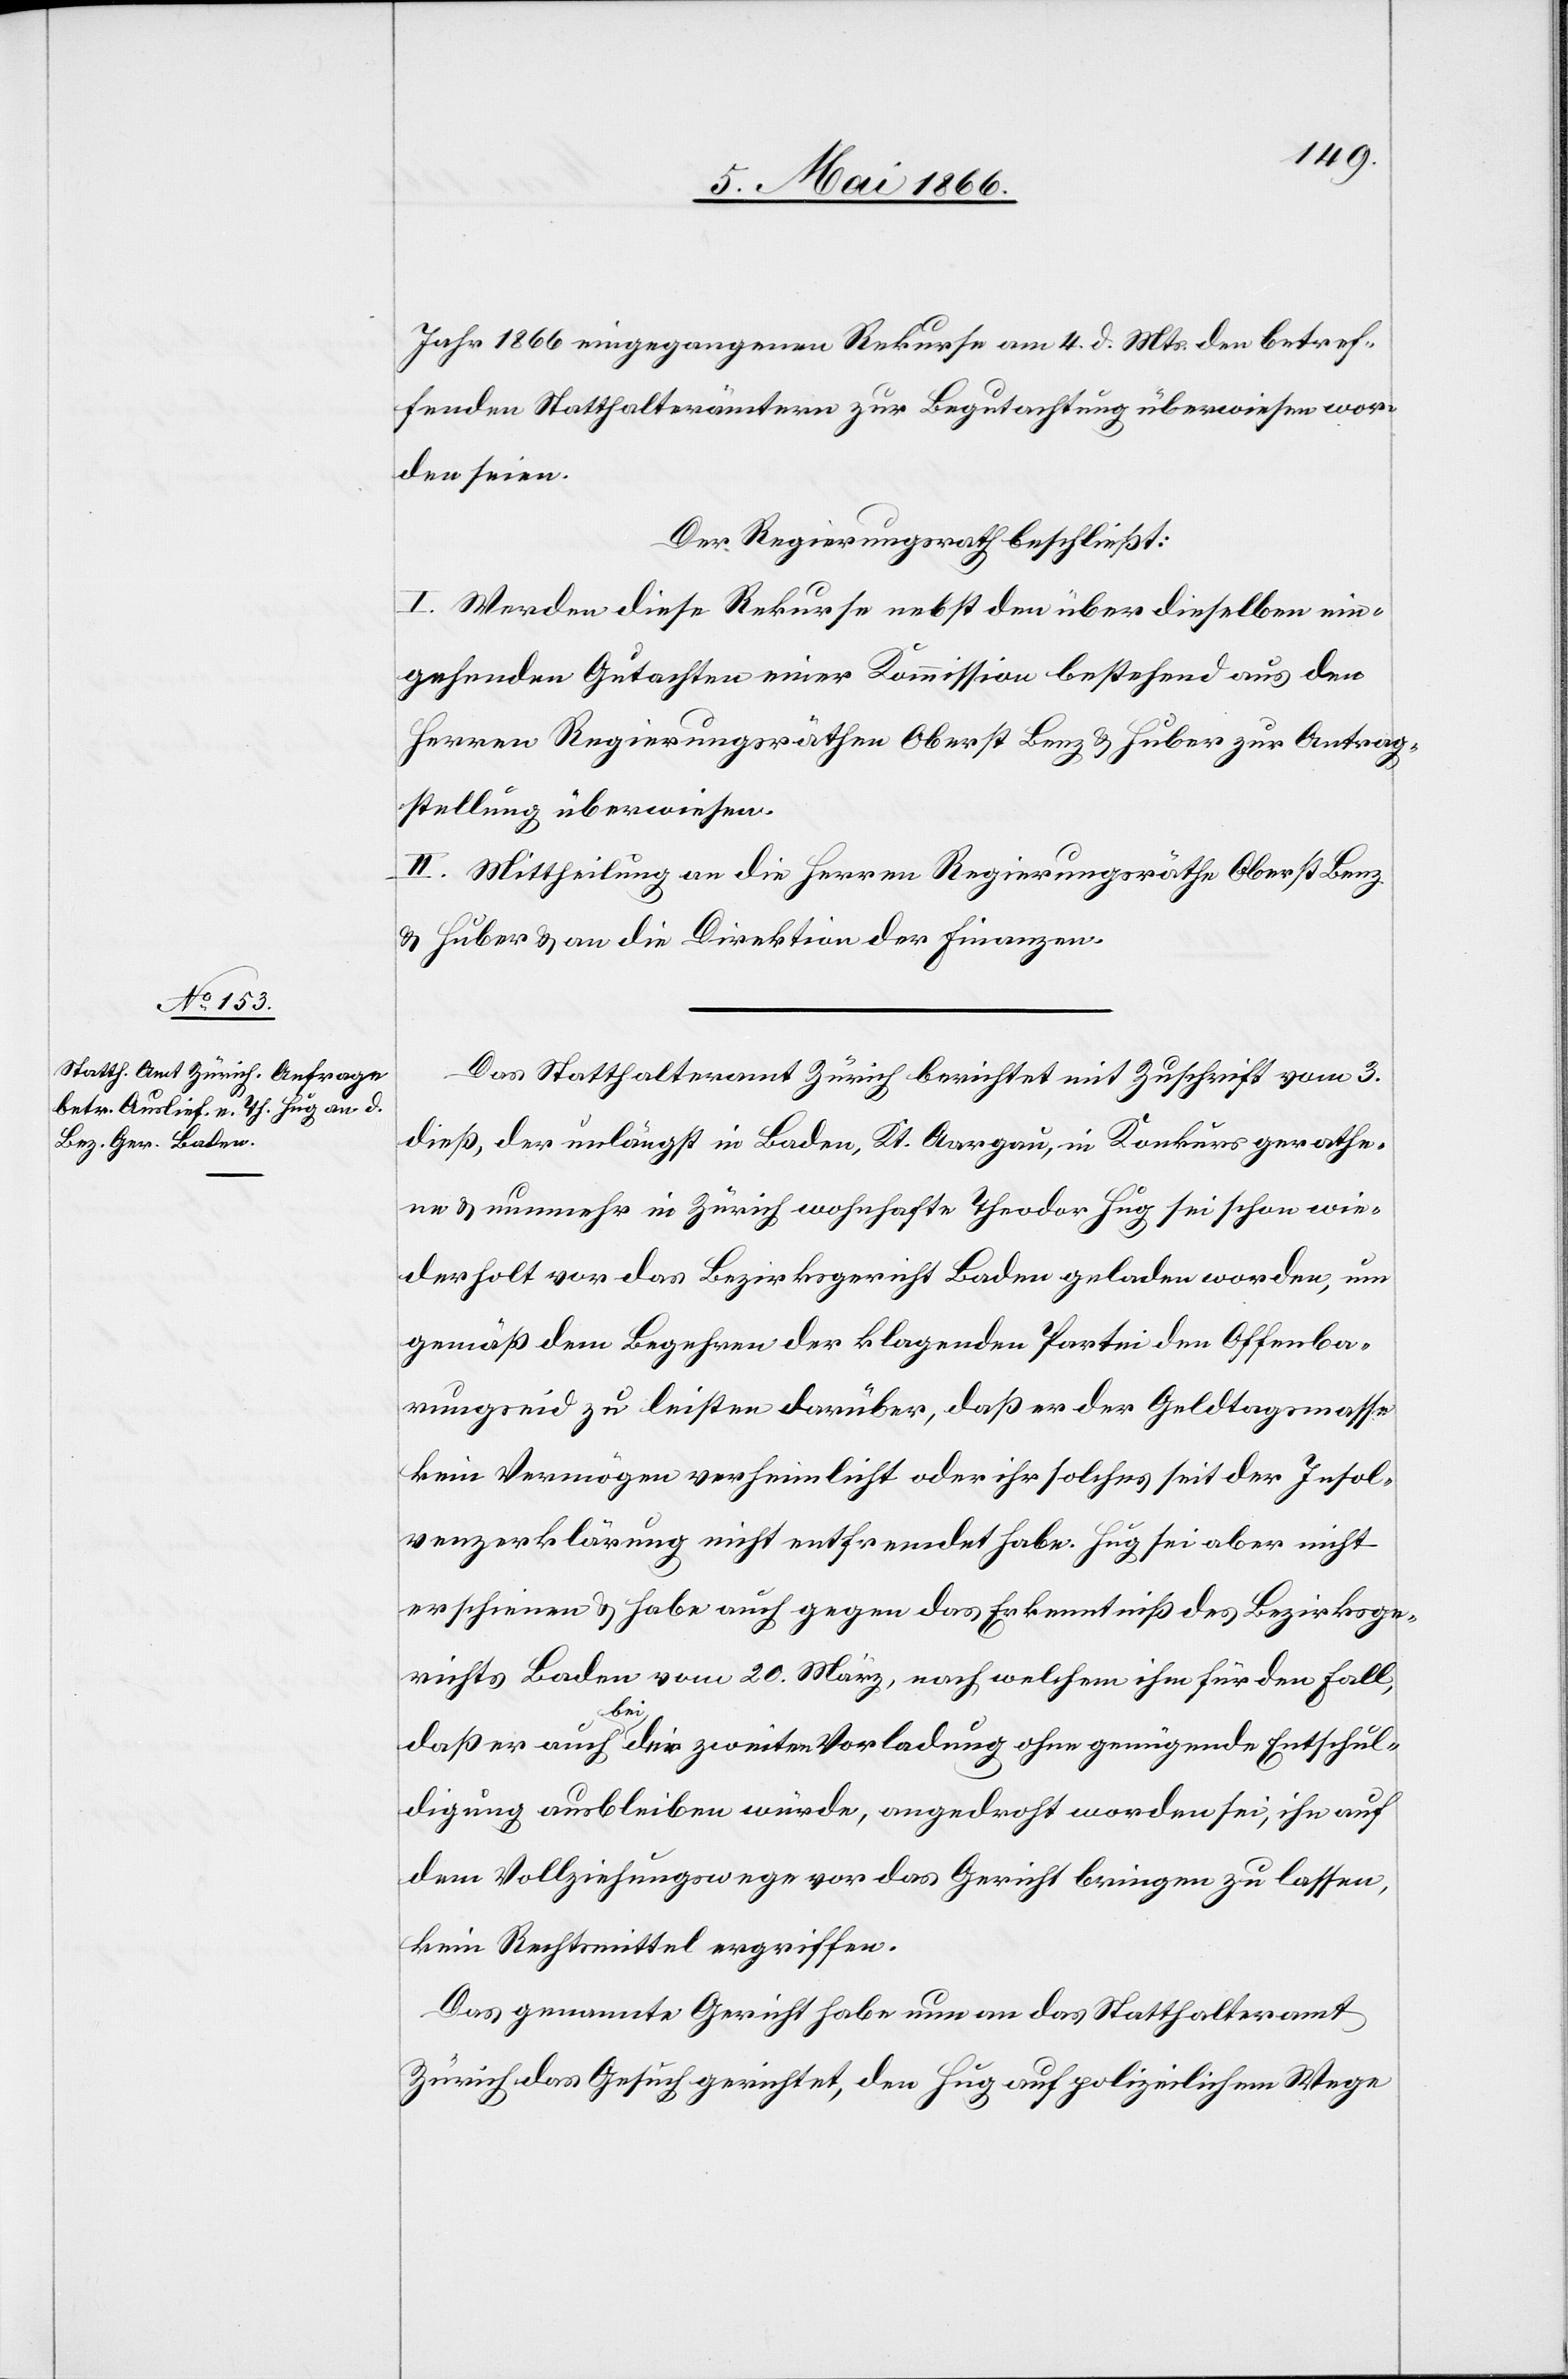
Jahr 1866 eingegangenen Rekurse am 4. d. Mts. den betref¬
fenden Statthalterämtern zur Begutachtung überwiesen wor¬
den seien.
Der Regierungsrath beschließt:
I. Werden diese Rekurse nebst den über dieselben ein¬
gehenden Gutachten einer Kommission bestehend aus den
Herren Regierungsräthen Oberst Benz u. Huber zur Antrag¬
stellung überwiesen.
II. Mittheilung an die Herren Regierungsräthe Oberst Benz
u. Huber u. an die Direktion der Finanzen.
Das Statthalteramt Zürich berichtet mit Zuschrift vom 3.
dieß, der unlängst in Baden, Kt. Aargau, in Konkurs gerathe¬
ne u. nunmehr in Zürich wohnhafte Theodor Hug sei schon wie¬
derholt vor das Bezirksgericht Baden geladen worden, um
gemäß dem Begehren der klagenden Partei den Offenba¬
rungseid zu leisten darüber, daß er der Geldtagsmasse
kein Vermögen verheimlicht oder ihr solches seit der Insol¬
venzerklärung nicht entfremdet habe. Hug sei aber nicht
erschienen u. habe auch gegen das Erkenntniß des Bezirksge¬
richtes Baden vom 20. März, nach welchem ihm für den Fall,
daß er auch bei der zweiten Vorladung ohne genügende Entschul¬
digung ausbleiben würde, angedroht worden sei, ihn auf
dem Vollziehungswege vor das Gericht bringen zu lassen,
kein Rechtsmittel ergriffen.
Das genannte Gericht habe nun an das Statthalteramt
Zürich das Gesuch gerichtet, den Hug auf polizeilichem Wege